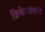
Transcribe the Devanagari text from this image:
क्रिकेटसंघांचे